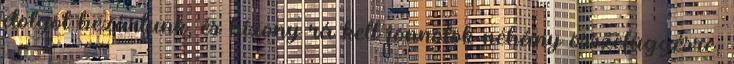
dolgot bezártunk, és bizony rá kell jönnötök néhány összefüggésre,